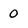
Character: 0